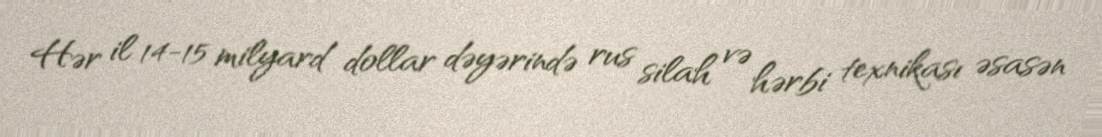
Hər il 14-15 milyard dollar dəyərində rus silah və hərbi texnikası əsasən